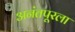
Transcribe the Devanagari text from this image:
अनंतपूरला